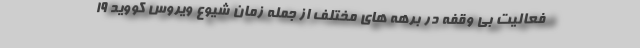
فعالیت بی وقفه در برهه های مختلف از جمله زمان شیوع ویروس کووید 19